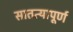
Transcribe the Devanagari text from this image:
सातत्यापूर्ण